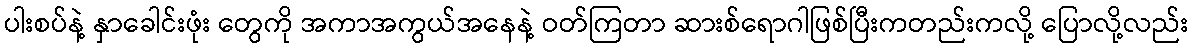
ပါးစပ်နဲ့ နှာခေါင်းဖုံး တွေကို အကာအကွယ်အနေနဲ့ ဝတ်ကြတာ ဆားစ်ရောဂါဖြစ်ပြီးကတည်းကလို့ ပြောလို့လည်း